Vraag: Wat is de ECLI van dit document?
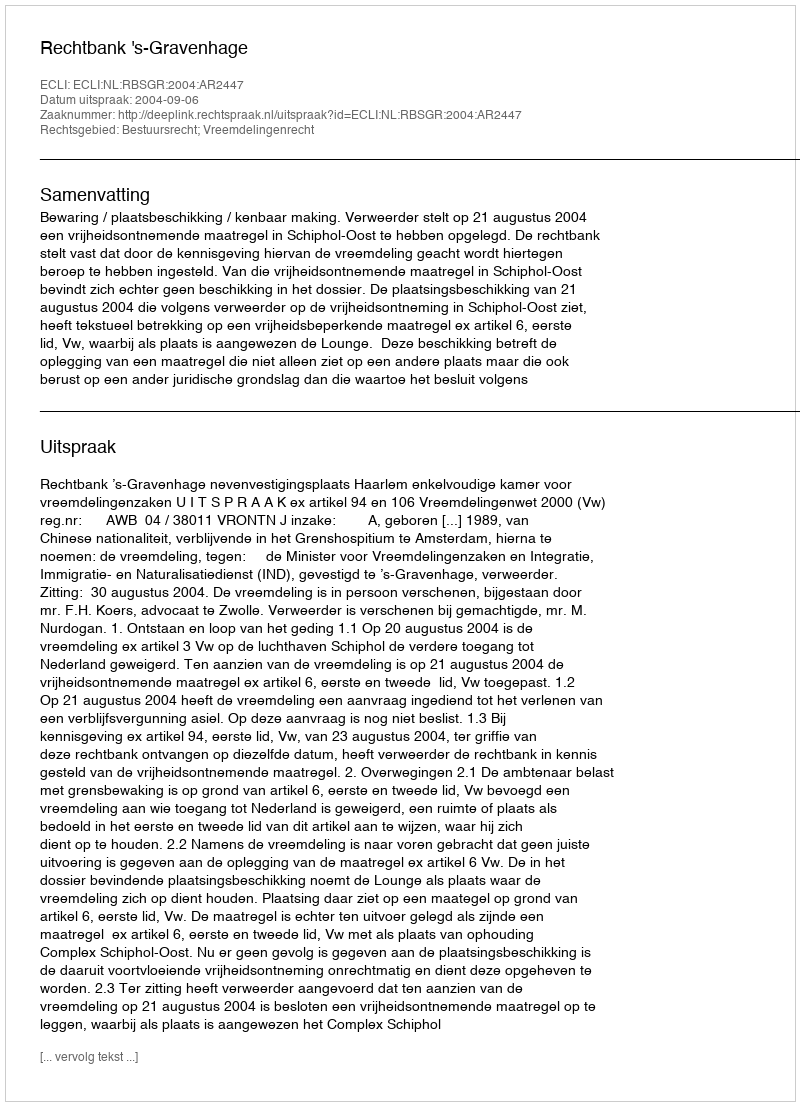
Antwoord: ECLI:NL:RBSGR:2004:AR2447